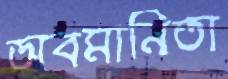
অবমানিতা